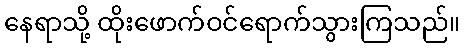
နေရာသို့ ထိုးဖောက်ဝင်ရောက်သွားကြသည်။